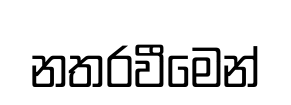
නතරවීමෙන්